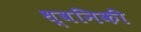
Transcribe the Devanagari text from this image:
ध्‍वनिकी